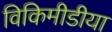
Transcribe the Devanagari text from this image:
विकिमीडीया